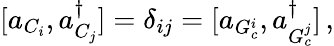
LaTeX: [a_{C_{i}},a_{C_{j}}^{\dagger}]=\delta_{ij}=[a_{G_{c}^{i}},a_{G_{c}^{j}}^{\dagger}]\, ,